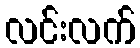
လင်းလက်